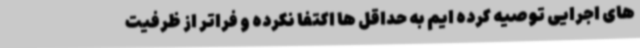
های اجرایی توصیه کرده ایم به حداقل ها اکتفا نکرده و فراتر از ظرفیت